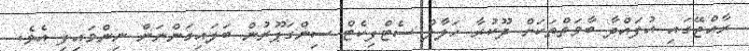
ރާއްޖޭގައި އުފައްދާ ބާވަތްތަކަށް ދޫކުރާ ހަލާލް ސެޓްފިކެޓް ސިންގަޕޫރުން ބަލައިގަންނަން ނިންމައިފި އެވެ.